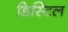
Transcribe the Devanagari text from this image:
डिस्टिल